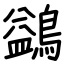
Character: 鷁